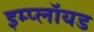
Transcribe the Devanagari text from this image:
इम्प्लॉयड